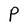
Character: P